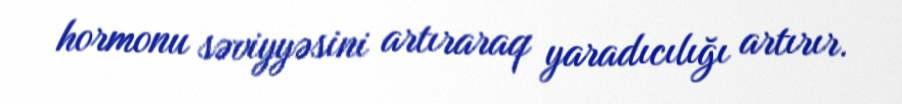
hormonu səviyyəsini artıraraq yaradıcılığı artırır.